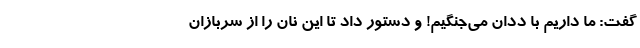
گفت: ما داریم با ددان می‌جنگیم! و دستور داد تا این نان را از سربازان